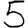
Digit: 5